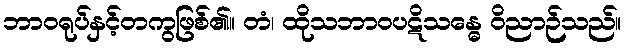
ဘာဝရုပ်နှင့်တကွဖြစ်၏။ တံ၊ ထိုသဘာဝပဋိသန္ဓေ ဝိညာဉ်သည်။